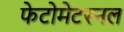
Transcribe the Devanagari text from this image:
फेटोमेटरनल